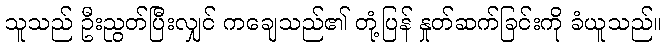
သူသည် ဦးညွတ်ပြီးလျှင် ကချေသည်၏ တုံ့ပြန် နှုတ်ဆက်ခြင်းကို ခံယူသည်။